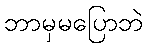
ဘာမှမပြောဘဲ